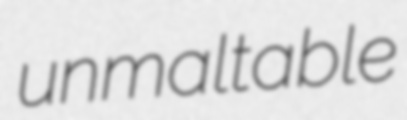
unmaltable